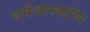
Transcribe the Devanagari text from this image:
धर्मशास्त्राणि